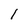
Character: l